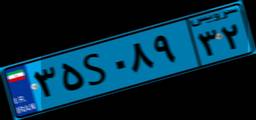
۱۱S۰۳۳۰۰